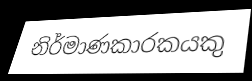
නිර්මාණකාරකයකු